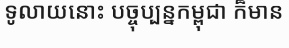
ទូលាយនោះ បច្ចុប្បន្នកម្ពុជា ក៏មាន